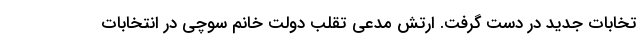
تخابات جدید در دست گرفت. ارتش مدعی تقلب دولت خانم سوچی در انتخابات